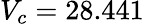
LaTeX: V_{c}=28.441